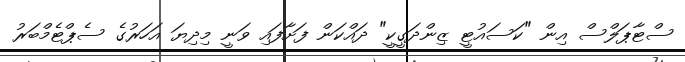
ސްޓާޕަލްސް އިން "ކަސައުޓީ ޒިންދަގީކީ" ދައްކަން ފަށާފައި ވަނީ މިދިޔަ އަހަރުގެ ސެޕްޓެމްބަރު